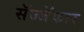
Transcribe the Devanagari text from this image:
सॅज्जॅकार